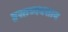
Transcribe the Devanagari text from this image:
हस्तव्यवसाय